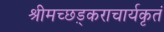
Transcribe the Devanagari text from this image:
श्रीमच्छड़्कराचार्यकृतं